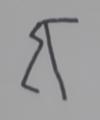
Signature authenticity: forged